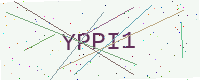
Text: YPPI1